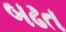
બઢત